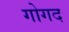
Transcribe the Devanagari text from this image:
गोगद